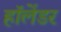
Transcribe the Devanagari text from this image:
हॉलेंडर